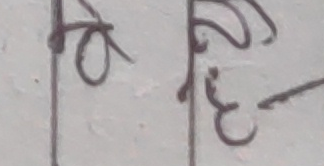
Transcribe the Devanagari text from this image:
ओ ऐ